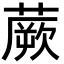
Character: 蕨